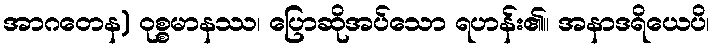
အာဂတေန) ဝုစ္စမာနဿ၊ ပြောဆိုအပ်သော ရဟန်း၏။ အနာဒရိယေပိ၊